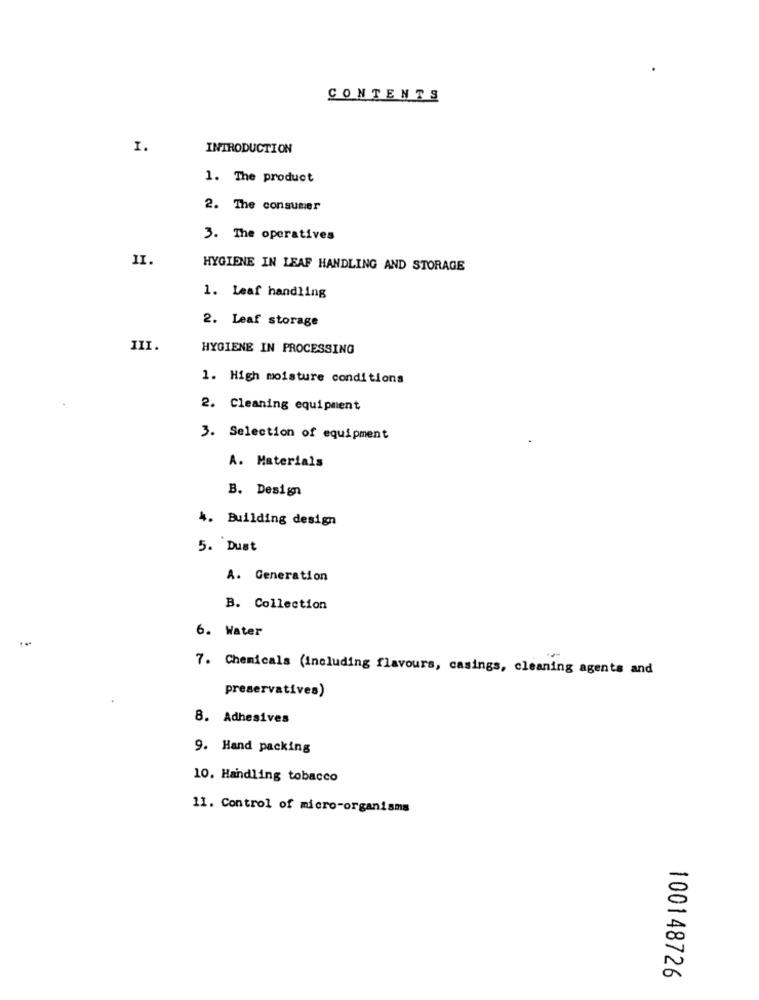
CONTENTS
I.
INTRODUCTION
1. The product
2. The consumer
3. The operatives
II.
HYGIENE IN LEAF HANDLING AND STORAGE
1. Leaf handling
2. Leaf storage
III.
HYGIENE IN PROCESSING
1. High moisture conditions
2. Cleaning equipment
3. Selection of equipment
A. Materials
B. Design
4. Building design
5. Dust
A. Generation
B. Collection
6. Water
-
7. Chemicals (including flavours, casings, cleaning agents and
preservatives)
8. Adhesives
9. Hand packing
10. Handling tobacco
11. Control of micro-organisms
100148726